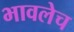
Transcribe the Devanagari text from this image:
भावलेच